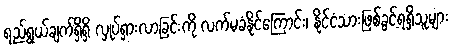
ရည်ရွယ်ချက်ရှိရှိ လှုပ်ရှားလာခြင်းကို လက်မခံနိုင်ကြောင်း၊ နိုင်ငံသားဖြစ်ခွင့်ရရှိသူများ